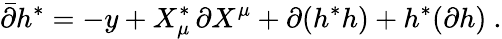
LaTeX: \bar{\partial}h^{*}=-y+X_{\mu}^{*}\, \partial X^{\mu}+\partial(h^{*}h)+h^{*}(\partial h)\ .